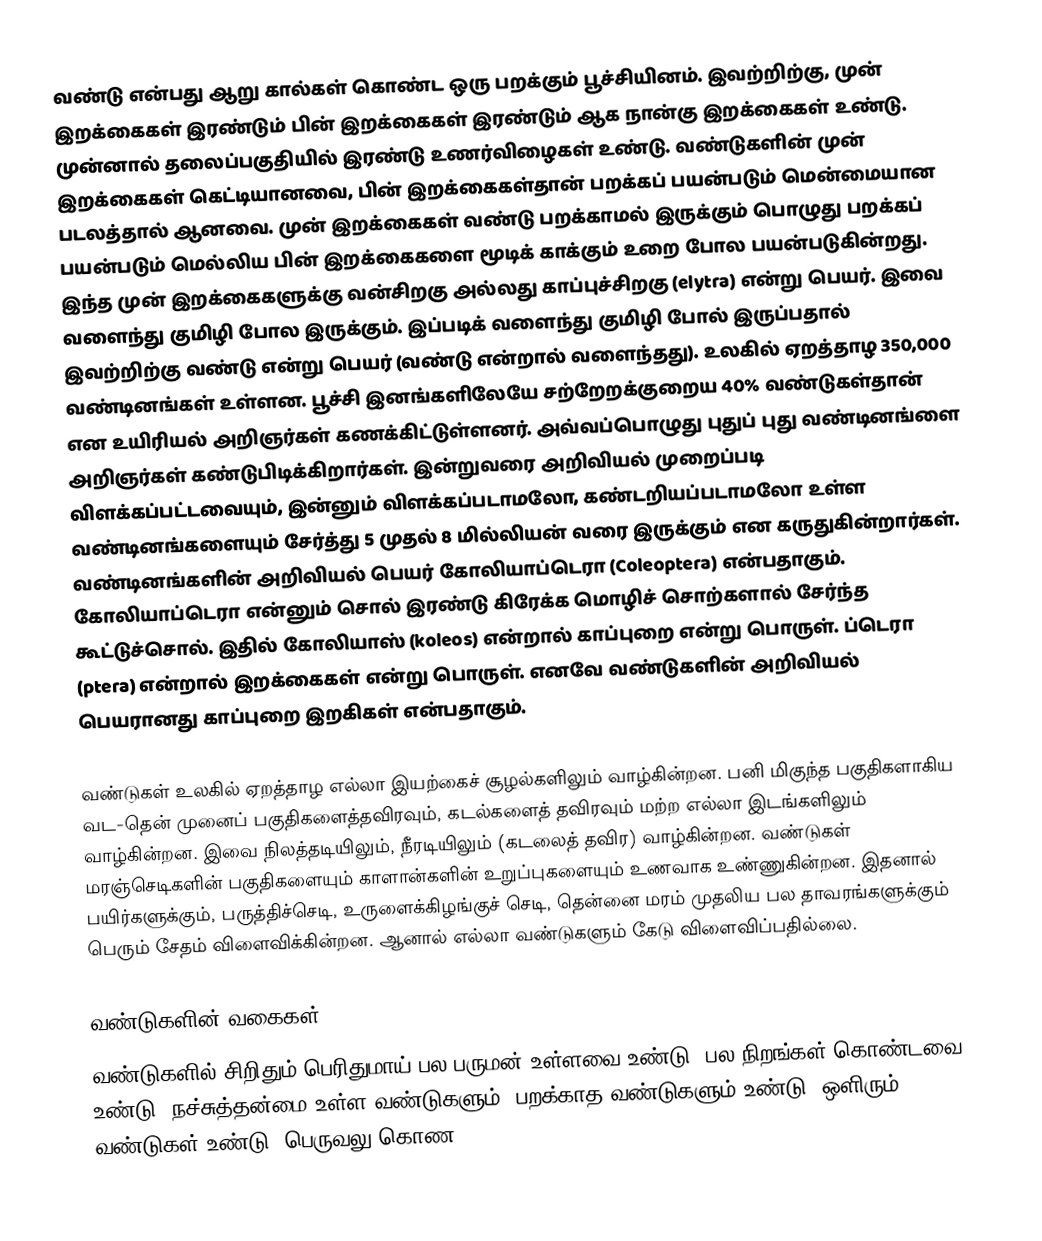
வண்டு என்பது ஆறு கால்கள் கொண்ட ஒரு பறக்கும் பூச்சியினம். இவற்றிற்கு, முன் இறக்கைகள் இரண்டும் பின் இறக்கைகள் இரண்டும் ஆக நான்கு இறக்கைகள் உண்டு. முன்னால் தலைப்பகுதியில் இரண்டு உணர்விழைகள் உண்டு. வண்டுகளின் முன் இறக்கைகள் கெட்டியானவை, பின் இறக்கைகள்தான் பறக்கப் பயன்படும் மென்மையான படலத்தால் ஆனவை. முன் இறக்கைகள் வண்டு பறக்காமல் இருக்கும் பொழுது பறக்கப் பயன்படும் மெல்லிய பின் இறக்கைகளை மூடிக் காக்கும் உறை போல பயன்படுகின்றது. இந்த முன் இறக்கைகளுக்கு வன்சிறகு அல்லது காப்புச்சிறகு (elytra) என்று பெயர். இவை வளைந்து குமிழி போல இருக்கும். இப்படிக் வளைந்து குமிழி போல் இருப்பதால் இவற்றிற்கு வண்டு என்று பெயர் (வண்டு என்றால் வளைந்தது). உலகில் ஏறத்தாழ 350,000 வண்டினங்கள் உள்ளன. பூச்சி இனங்களிலேயே சற்றேறக்குறைய 40% வண்டுகள்தான் என உயிரியல் அறிஞர்கள் கணக்கிட்டுள்ளனர். அவ்வப்பொழுது புதுப் புது வண்டினங்ளை அறிஞர்கள் கண்டுபிடிக்கிறார்கள். இன்றுவரை அறிவியல் முறைப்படி விளக்கப்பட்டவையும், இன்னும் விளக்கப்படாமலோ, கண்டறியப்படாமலோ உள்ள வண்டினங்களையும் சேர்த்து 5 முதல் 8 மில்லியன் வரை இருக்கும் என கருதுகின்றார்கள். வண்டினங்களின் அறிவியல் பெயர் கோலியாப்டெரா (Coleoptera) என்பதாகும். கோலியாப்டெரா என்னும் சொல் இரண்டு கிரேக்க மொழிச் சொற்களால் சேர்ந்த கூட்டுச்சொல். இதில் கோலியாஸ் (koleos) என்றால் காப்புறை என்று பொருள். ப்டெரா (ptera) என்றால் இறக்கைகள் என்று பொருள். எனவே வண்டுகளின் அறிவியல் பெயரானது காப்புறை இறகிகள் என்பதாகும்.

வண்டுகள் உலகில் ஏறத்தாழ எல்லா இயற்கைச் சூழல்களிலும் வாழ்கின்றன. பனி மிகுந்த பகுதிகளாகிய வட-தென் முனைப் பகுதிகளைத்தவிரவும், கடல்களைத் தவிரவும் மற்ற எல்லா இடங்களிலும் வாழ்கின்றன. இவை நிலத்தடியிலும், நீரடியிலும் (கடலைத் தவிர) வாழ்கின்றன. வண்டுகள் மரஞ்செடிகளின் பகுதிகளையும் காளான்களின் உறுப்புகளையும் உணவாக உண்ணுகின்றன. இதனால் பயிர்களுக்கும், பருத்திச்செடி, உருளைக்கிழங்குச் செடி, தென்னை மரம் முதலிய பல தாவரங்களுக்கும் பெரும் சேதம் விளைவிக்கின்றன. ஆனால் எல்லா வண்டுகளும் கேடு விளைவிப்பதில்லை.

வண்டுகளின் வகைகள்
வண்டுகளில் சிறிதும் பெரிதுமாய் பல பருமன் உள்ளவை உண்டு. பல நிறங்கள் கொண்டவை உண்டு. நச்சுத்தன்மை உள்ள வண்டுகளும், பறக்காத வண்டுகளும் உண்டு. ஒளிரும் வண்டுகள் உண்டு. பெருவலு கொண